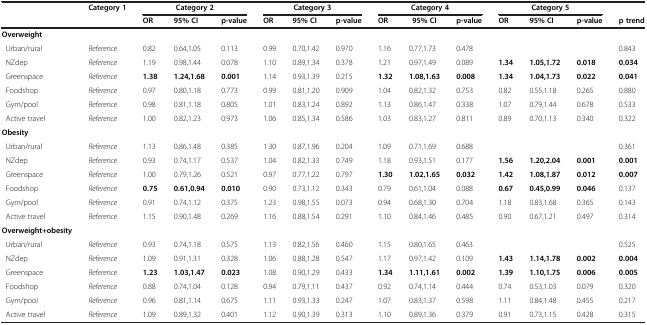
<table><thead><tr><td><b> </b></td><td><b>Category 1</b></td><td colspan="3"><b>Category 2</b></td><td colspan="3"><b>Category 3</b></td><td colspan="3"><b>Category 4</b></td><td colspan="3"><b>Category 5</b></td><td><b> </b></td></tr><tr><td><b> </b></td><td><b> </b></td><td><b>OR</b></td><td><b>95% CI</b></td><td><b>p-value</b></td><td><b>OR</b></td><td><b>95% CI</b></td><td><b>p-value</b></td><td><b>OR</b></td><td><b>95% CI</b></td><td><b>p-value</b></td><td><b>OR</b></td><td><b>95% CI</b></td><td><b>p-value</b></td><td><b>p trend</b></td></tr></thead><tbody><tr><td><b>Overweight</b></td><td> </td><td> </td><td> </td><td> </td><td> </td><td> </td><td> </td><td> </td><td> </td><td> </td><td> </td><td> </td><td> </td><td> </td></tr><tr><td> Urban/rural</td><td><i>Reference</i></td><td>0.82</td><td>0.64,1.05</td><td>0.113</td><td>0.99</td><td>0.70,1.42</td><td>0.970</td><td>1.16</td><td>0.77,1.73</td><td>0.478</td><td> </td><td> </td><td> </td><td>0.843</td></tr><tr><td> NZdep</td><td><i>Reference</i></td><td>1.19</td><td>0.98,1.44</td><td>0.078</td><td>1.10</td><td>0.89,1.34</td><td>0.378</td><td>1.21</td><td>0.97,1.49</td><td>0.089</td><td><b>1.34</b></td><td><b>1.05,1.72</b></td><td><b>0.018</b></td><td><b>0.034</b></td></tr><tr><td> Greenspace</td><td><i>Reference</i></td><td><b>1.38</b></td><td><b>1.24,1.68</b></td><td><b>0.001</b></td><td>1.14</td><td>0.93,1.39</td><td>0.215</td><td><b>1.32</b></td><td><b>1.08,1.63</b></td><td><b>0.008</b></td><td><b>1.34</b></td><td><b>1.04,1.73</b></td><td><b>0.022</b></td><td><b>0.041</b></td></tr><tr><td> Foodshop</td><td><i>Reference</i></td><td>0.97</td><td>0.80,1.18</td><td>0.773</td><td>0.99</td><td>0.81,1.20</td><td>0.909</td><td>1.04</td><td>0.82,1.32</td><td>0.753</td><td>0.82</td><td>0.55,1.18</td><td>0.265</td><td>0.880</td></tr><tr><td> Gym/pool</td><td><i>Reference</i></td><td>0.98</td><td>0.81,1.18</td><td>0.805</td><td>1.01</td><td>0.83,1.24</td><td>0.892</td><td>1.13</td><td>0.86,1.47</td><td>0.338</td><td>1.07</td><td>0.79,1.44</td><td>0.678</td><td>0.533</td></tr><tr><td> Active travel</td><td><i>Reference</i></td><td>1.00</td><td>0.82,1.23</td><td>0.973</td><td>1.06</td><td>0.85,1.34</td><td>0.586</td><td>1.03</td><td>0.83,1.27</td><td>0.811</td><td>0.89</td><td>0.70,1.13</td><td>0.340</td><td>0.322</td></tr><tr><td><b>Obesity</b></td><td> </td><td> </td><td> </td><td> </td><td> </td><td> </td><td> </td><td> </td><td> </td><td> </td><td> </td><td> </td><td> </td><td> </td></tr><tr><td> Urban/rural</td><td><i>Reference</i></td><td>1.13</td><td>0.86,1.48</td><td>0.385</td><td>1.30</td><td>0.87,1.96</td><td>0.204</td><td>1.09</td><td>0.71,1.69</td><td>0.688</td><td> </td><td> </td><td> </td><td>0.361</td></tr><tr><td> NZdep</td><td><i>Reference</i></td><td>0.93</td><td>0.74,1.17</td><td>0.537</td><td>1.04</td><td>0.82,1.33</td><td>0.749</td><td>1.18</td><td>0.93,1.51</td><td>0.177</td><td><b>1.56</b></td><td><b>1.20,2.04</b></td><td><b>0.001</b></td><td><b>0.001</b></td></tr><tr><td> Greenspace</td><td><i>Reference</i></td><td>1.00</td><td>0.79,1.26</td><td>0.521</td><td>0.97</td><td>0.77,1.22</td><td>0.797</td><td><b>1.30</b></td><td><b>1.02,1.65</b></td><td><b>0.032</b></td><td><b>1.42</b></td><td><b>1.08,1.87</b></td><td><b>0.012</b></td><td><b>0.007</b></td></tr><tr><td> Foodshop</td><td><i>Reference</i></td><td><b>0.75</b></td><td><b>0.61,0.94</b></td><td><b>0.010</b></td><td>0.90</td><td>0.73,1.12</td><td>0.343</td><td>0.79</td><td>0.61,1.04</td><td>0.088</td><td><b>0.67</b></td><td><b>0.45,0.99</b></td><td><b>0.046</b></td><td>0.137</td></tr><tr><td> Gym/pool</td><td><i>Reference</i></td><td>0.91</td><td>0.74,1.12</td><td>0.375</td><td>1.23</td><td>0.98,1.55</td><td>0.073</td><td>0.94</td><td>0.68,1.30</td><td>0.704</td><td>1.18</td><td>0.83,1.68</td><td>0.365</td><td>0.143</td></tr><tr><td> Active travel</td><td><i>Reference</i></td><td>1.15</td><td>0.90,1.48</td><td>0.269</td><td>1.16</td><td>0.88,1.54</td><td>0.291</td><td>1.10</td><td>0.84,1.46</td><td>0.485</td><td>0.90</td><td>0.67,1.21</td><td>0.497</td><td>0.314</td></tr><tr><td><b>Overweight+obesity</b></td><td> </td><td> </td><td> </td><td> </td><td> </td><td> </td><td> </td><td> </td><td> </td><td> </td><td> </td><td> </td><td> </td><td> </td></tr><tr><td> Urban/rural</td><td><i>Reference</i></td><td>0.93</td><td>0.74,1.18</td><td>0.575</td><td>1.13</td><td>0.82,1.56</td><td>0.460</td><td>1.15</td><td>0.80,1.65</td><td>0.463</td><td> </td><td> </td><td> </td><td>0.525</td></tr><tr><td> NZdep</td><td><i>Reference</i></td><td>1.09</td><td>0.91,1.31</td><td>0.328</td><td>1.06</td><td>0.88,1.28</td><td>0.547</td><td>1.17</td><td>0.97,1.42</td><td>0.109</td><td><b>1.43</b></td><td><b>1.14,1.78</b></td><td><b>0.002</b></td><td><b>0.004</b></td></tr><tr><td> Greenspace</td><td><i>Reference</i></td><td><b>1.23</b></td><td><b>1.03,1.47</b></td><td><b>0.023</b></td><td>1.08</td><td>0.90,1.29</td><td>0.433</td><td><b>1.34</b></td><td><b>1.11,1.61</b></td><td><b>0.002</b></td><td><b>1.39</b></td><td><b>1.10,1.75</b></td><td><b>0.006</b></td><td><b>0.005</b></td></tr><tr><td> Foodshop</td><td><i>Reference</i></td><td>0.88</td><td>0.74,1.04</td><td>0.128</td><td>0.94</td><td>0.79,1.11</td><td>0.437</td><td>0.92</td><td>0.74,1.14</td><td>0.444</td><td>0.74</td><td>0.53,1.03</td><td>0.079</td><td>0.320</td></tr><tr><td> Gym/pool</td><td><i>Reference</i></td><td>0.96</td><td>0.81,1.14</td><td>0.675</td><td>1.11</td><td>0.93,1.33</td><td>0.247</td><td>1.07</td><td>0.83,1.37</td><td>0.598</td><td>1.11</td><td>0.84,1.48</td><td>0.455</td><td>0.217</td></tr><tr><td> Active travel</td><td><i>Reference</i></td><td>1.09</td><td>0.89,1.32</td><td>0.401</td><td>1.12</td><td>0.90,1.39</td><td>0.313</td><td>1.10</td><td>0.89,1.36</td><td>0.379</td><td>0.91</td><td>0.73,1.15</td><td>0.428</td><td>0.315</td></tr></tbody></table>